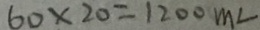
6 0 \times 2 0 = 1 2 0 0 m L